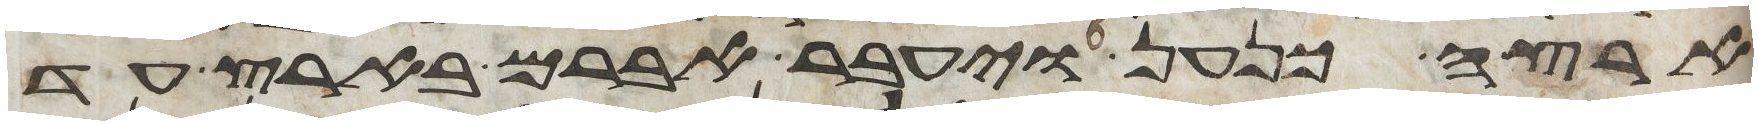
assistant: ארצה כנען ויעבר אברם בארץ עד